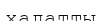
халатты